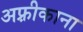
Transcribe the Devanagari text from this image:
अफ़्रीकाना